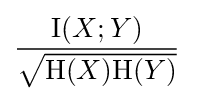
{\frac {\operatorname {I} (X;Y)}{\sqrt {\mathrm {H} (X)\mathrm {H} (Y)}}}\;